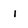
Character: i